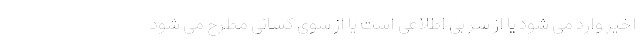
اخیر وارد می شود یا از سر بی اطلاعی است یا از سوی کسانی مطرح می شود